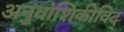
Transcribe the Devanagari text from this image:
अनुवांशिकीविद्